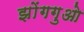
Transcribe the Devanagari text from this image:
झोंगगुओ